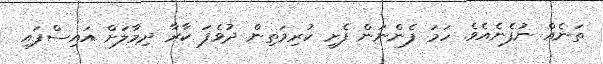
ތަނެއް ނުފެނެއެވެ. ހަމަ ފެންނަން ފެށީ ކުރިމަތިން ދުވެފަ ކާރާ ދިމާލަށް އައިސްފައި